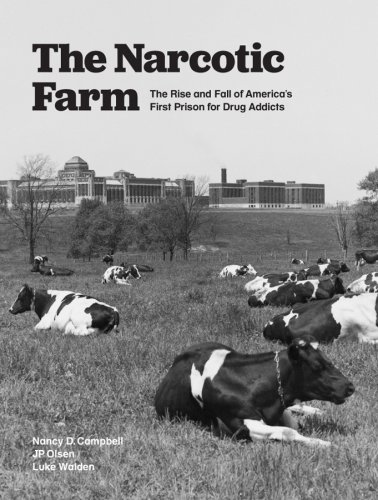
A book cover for The Narcotic Farm: The Rise and Fall of America's First Prison for Drug Addicts; Nancy Campbell; Medical Books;